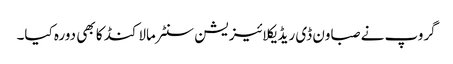
گروپ نے صباون ڈی ریڈیکلائیزیشن سنٹر مالاکنڈ کا بھی دورہ کیا۔